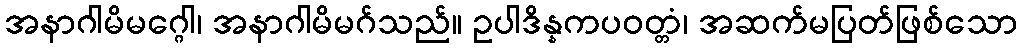
အနာဂါမိမဂ္ဂေါ၊ အနာဂါမိမဂ်သည်။ ဥပါဒိန္နကပဝတ္တံ၊ အဆက်မပြတ်ဖြစ်သော